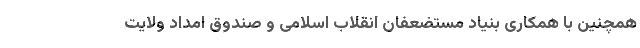
همچنین با همکاری بنیاد مستضعفان انقلاب اسلامی و صندوق امداد ولایت